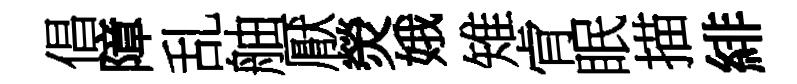
倡障乱舳厭熒娥雉肻眠描緋